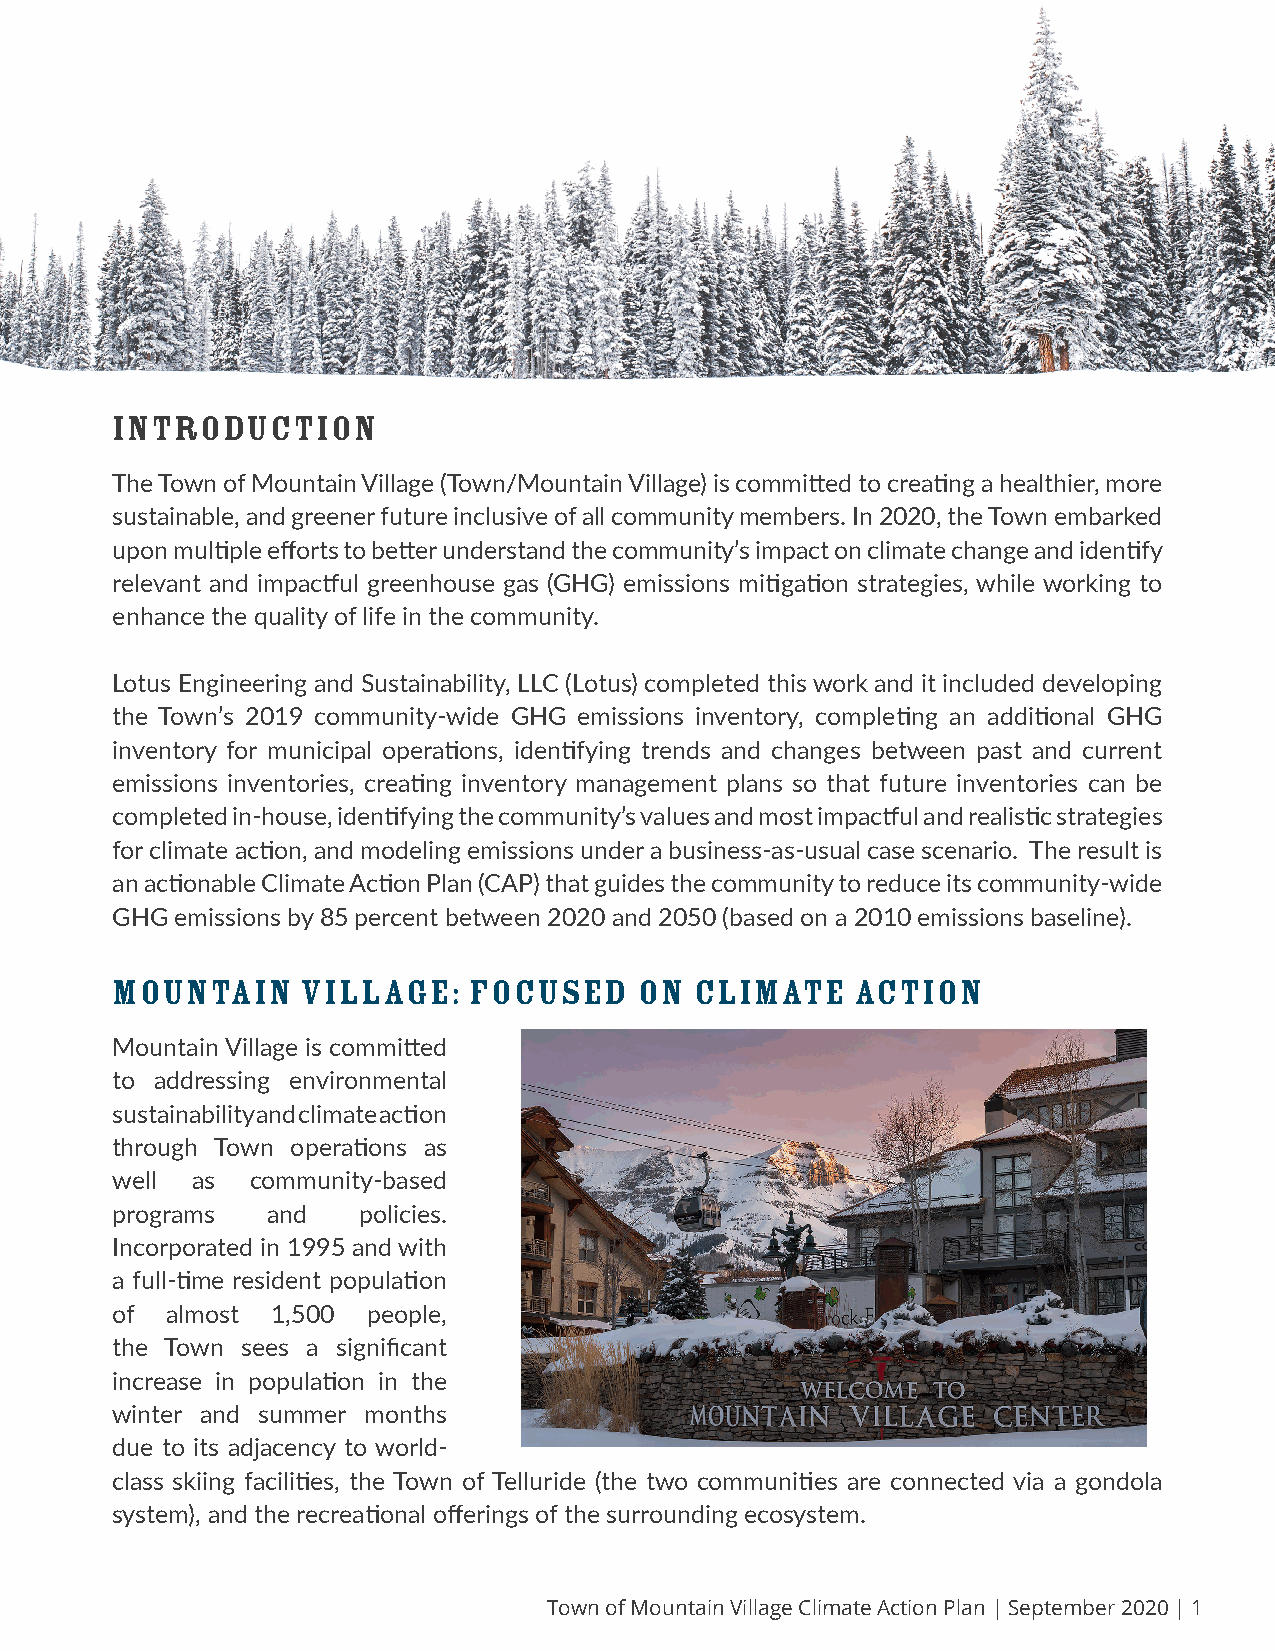
Introduction
 Introduction
 The Town of Mountain Village (Town/Mountain Village) is committed to creating a healthier, more
 sustainable, and greener future inclusive of all community members. In 2020, the Town embarked
 upon multiple efforts to better understand the community’s impact on climate change and identify
 relevant and impactful greenhouse gas (GHG) emissions mitigation strategies, while working to
 enhance the quality of life in the community.
 Lotus Engineering and Sustainability, LLC (Lotus) completed this work and it included developing
 the Town’s 2019 community-wide GHG emissions inventory, completing an additional GHG
 inventory for municipal operations, identifying trends and changes between past and current
 emissions inventories, creating inventory management plans so that future inventories can be
 completed in-house, identifying the community’s values and most impactful and realistic strategies
 for climate action, and modeling emissions under a business-as-usual case scenario. The result is
 an actionable Climate Action Plan (CAP) that guides the community to reduce its community-wide
 GHG  emissions by 85 percent between 2020 and 2050 (based on a 2010 emissions baseline).
 Mountain     Village:   Focused    on  Climate    Action
 Mountain Village is committed
 to addressing environmental
 sustainability and climate action
 through Town operations as
 well  as  community-based
 programs   and   policies.
 Incorporated in 1995 and with
 a full-time resident population
 of  almost 1,500 people,
 the Town sees a significant
 increase in population in the
 winter and summer months
 due to its adjacency to world-
 class skiing facilities, the Town of Telluride (the two communities are connected via a gondola
 system), and the recreational offerings of the surrounding ecosystem.
 Town of Mountain Village Climate Action Plan | September 2020 | 1